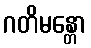
ဂတိမန္တော